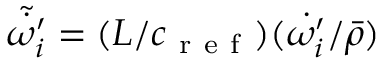
\tilde { \dot { \omega _ { i } ^ { \prime } } } = ( { L } / { c _ { \mathrm { ~ r ~ e ~ f ~ } } } ) ( { { \dot { \omega _ { i } ^ { \prime } } } } / { \bar { \rho } } )